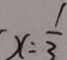
x = \frac { 1 } { 3 }